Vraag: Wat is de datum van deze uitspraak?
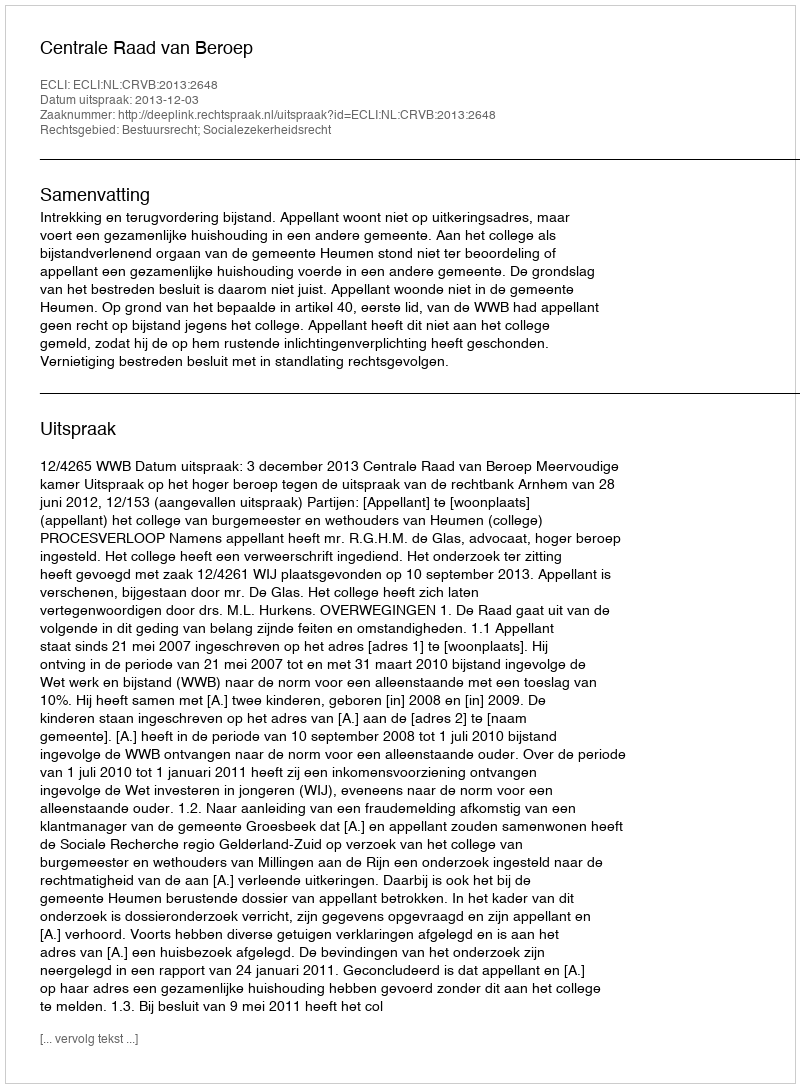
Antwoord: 2013-12-03